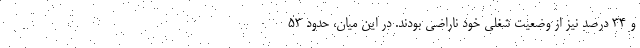
و ۳۴ درصد نیز از وضعیت شغلی خود ناراضی بودند. در این میان، حدود ۵۳